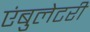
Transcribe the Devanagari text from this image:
एंबुलेटरी